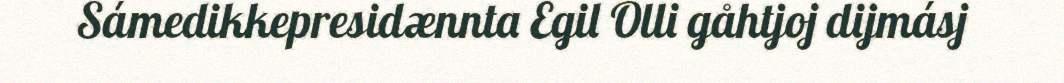
Sámedikkepresidænnta Egil Olli gåhtjoj dijmásj